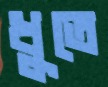
ধুতে